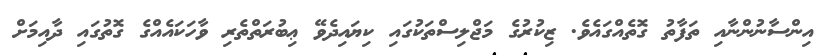
އިންސާނުންނާއި ތަފާތު ގޮތެއްގައެވެ. ޒިކުރުގެ މަޖްލިސްތަކުގައި ކިޔައިދެވޭ ޢިބުރަތްތެރި ވާހަކައެއްގެ ގޮތުގައި ދާއިމަށް